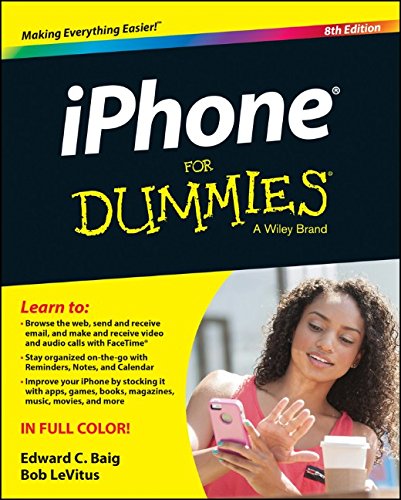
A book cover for iPhone For Dummies; Edward C. Baig; Computers & Technology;